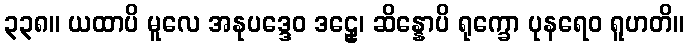
၃၃၈။ ယထာပိ မူလေ အနုပဒ္ဒေဝ ဒဠှေ၊ ဆိန္နောပိ ရုက္ခော ပုနရေဝ ရူဟတိ။